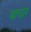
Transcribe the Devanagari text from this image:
बाचत